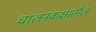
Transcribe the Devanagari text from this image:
चालनकक्षातील